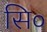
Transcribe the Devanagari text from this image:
सि०